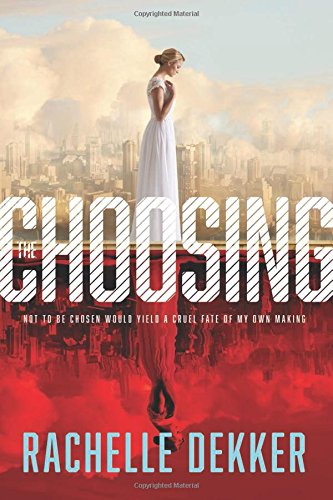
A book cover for The Choosing (A Seer Novel); Rachelle Dekker; Science Fiction & Fantasy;